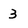
Character: 3